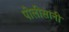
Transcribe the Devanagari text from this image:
पोलीसांनी